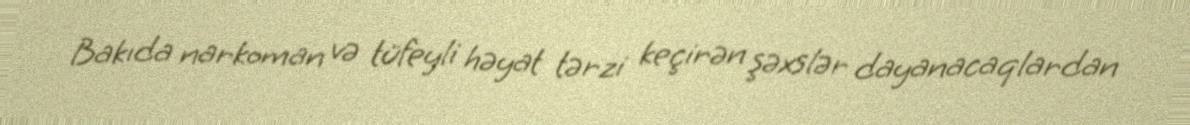
Bakıda narkoman və tüfeyli həyat tərzi keçirən şəxslər dayanacaqlardan